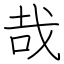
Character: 哉